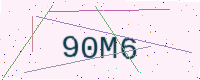
Text: 90M6